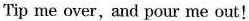
Tip me over,and pour me out!